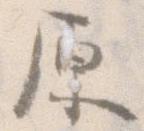
原